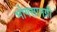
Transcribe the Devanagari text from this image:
भोगसामग्री